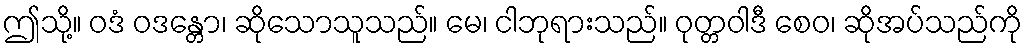
ဤသို့။ ဝဒံ ဝဒန္တော၊ ဆိုသောသူသည်။ မေ၊ ငါဘုရားသည်။ ဝုတ္တဝါဒီ စေဝ၊ ဆိုအပ်သည်ကို